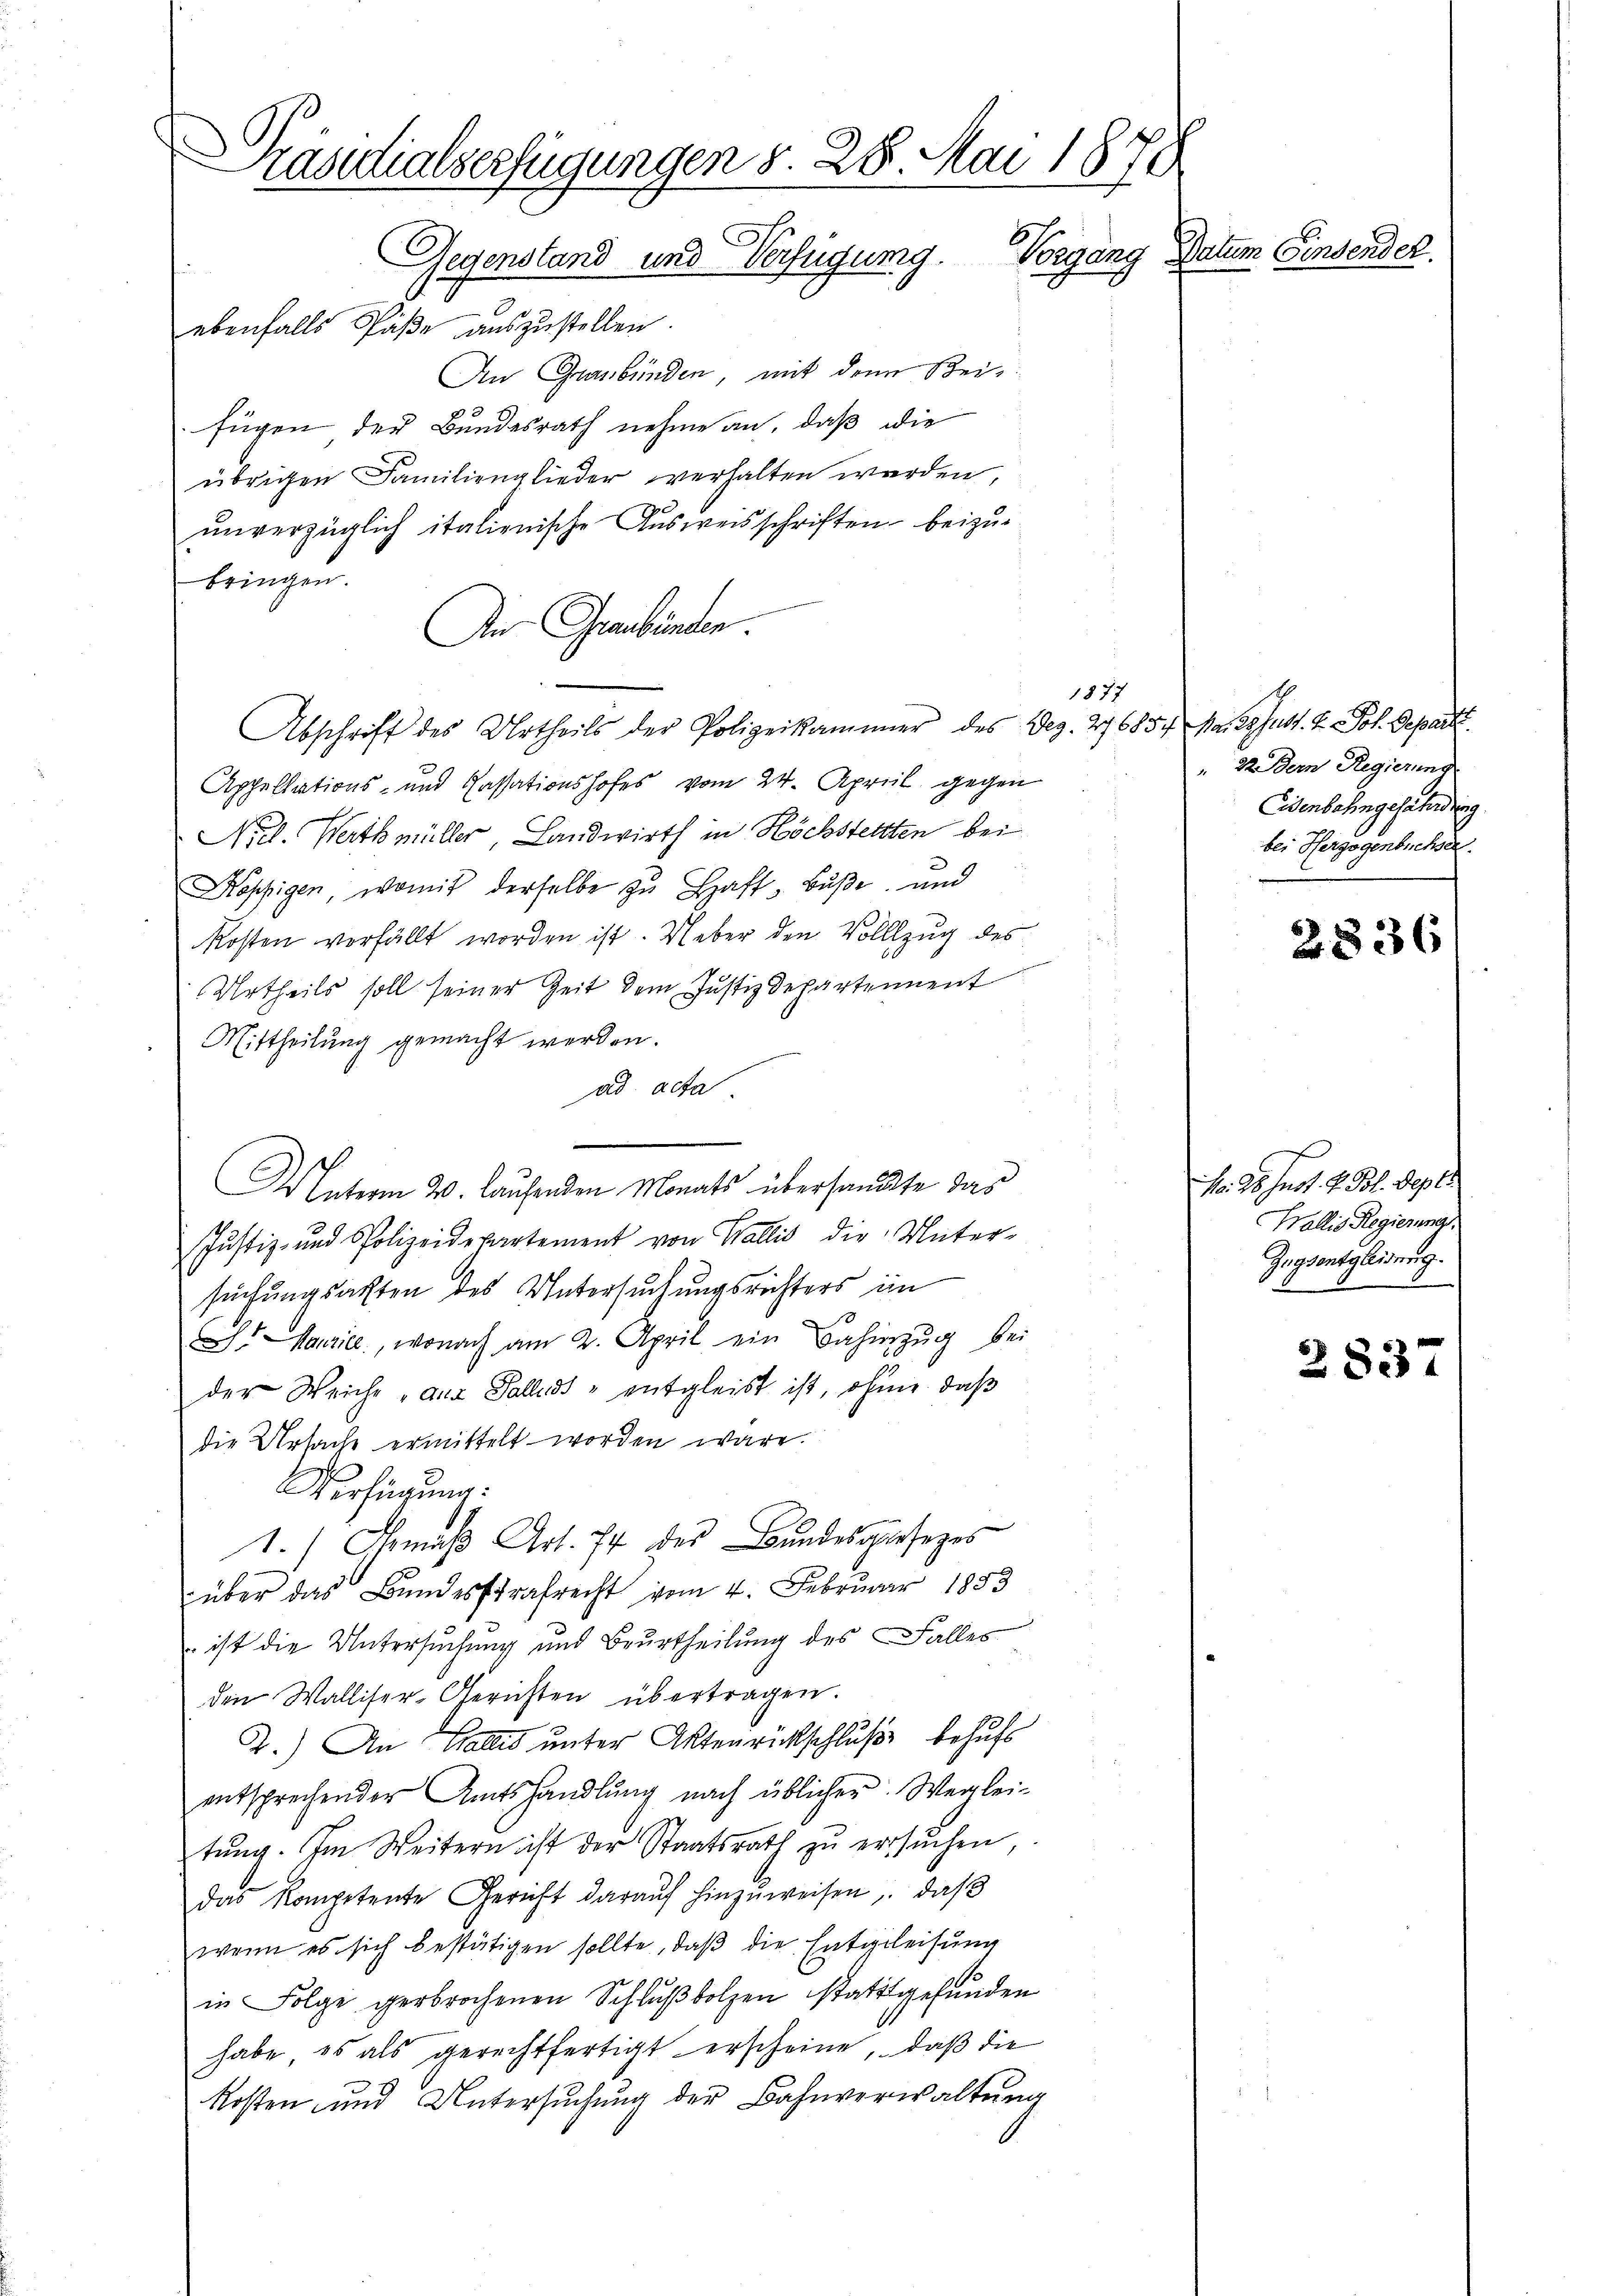
Präsidialserfügungen d. 28. Mai 1878
Gegensland und Verfügung. Vorgang Datum Einsender.

ebenfalls Päße auszustellen.
An Graubünden, mit dem Beifügen der Bundesrath nehme an, daß die
übrigen Familienglieder verhalten werden,
ŭnverzüglich italienische Aŭsweisschriften beizu-
bringen.
An Graubünden.
Abschrift des Urtheils der Polizeikammer des Dez. 276854 Ma. 29 Just. 2. Joh. Gepart
Appellations- und Cassationshofes vom 24. April gegen
Niel. Werthmüller, Landwirth in Höchstellten bei
Koppigen, womit derselbe zŭ Haft- Buße, und
Kosten verfällt worden ist. Ueber den Vollzug des
Urtheils soll seiner Zeit dem Justizdepartement
Mittheilung gemacht werden.
ad acta
Das Unterm 20. Laufenden Monats übersandte das
Justiz- und Polizeidepartement von Wallis die Unter-
suchungsacten des Untersuchungsrichters im
S. Maurice, wonach am 2. April ein Bahnzug bei
der Weiche, aus Falles - entgleist ist, ohnen, daß
die Ursache ermittelt worden wäre.
Verfügung:
1.) Gemäβ Art. 74 des Bundesgesezes
über das Bundesstrafrecht vom 4. Februar 1853
 ist die Untersuchung und Beurtheilung des Falles
den Walliser-Gerichten übertragen.
2.) An Gallis unter Aktenrückschluße behufs
entsprechender Amtshandlŭng nach üblicher. Weglei-
tŭng. Im Weitern ist der Staatsrath zŭ ersŭchen,
das Kompetente Gericht daraŭf hinzuweisen, daß
wenn es sich bestätigen sollte, daß die Entgeleisung
in Folge gerbrochenen Schluβbolzen stattgefunden
habe, es als gerechtfertigt erscheine, daß die
Kosten und Untersuchung der Bahnverwaltung

1877

2. Bern Regierung
Eisenbahngefährdung.
bei Herzogenbüchsen.

2836

1fr. 25. Just 2 l. Sept.
Wallis Regierungs
Zugsentgleitung.

2837